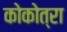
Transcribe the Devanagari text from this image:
कोकोत्रा